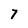
Character: 7